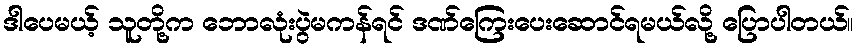
ဒါပေမယ့် သူတို့က ဘောလုံးပွဲမကန်ရင် ဒဏ်ကြေးပေးဆောင်ရမယ်လို့ ပြောပါတယ်။